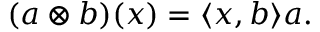
( a \otimes b ) ( x ) = \langle x , b \rangle a .